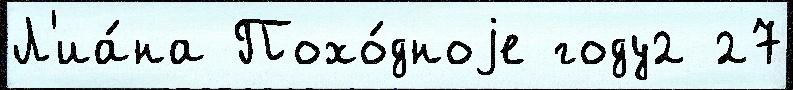
Л'иа́на Похо́дноjе году2 27